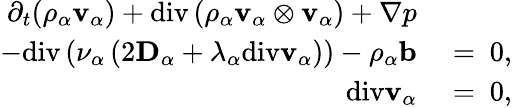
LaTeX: \begin{array}{rl}{\partial_{t}(\rho_{\alpha}\mathbf{v}_{\alpha})+\mathrm{div}\left(\rho_{\alpha}\mathbf{v}_{\alpha}\otimes\mathbf{v}_{\alpha}\right)+\nabla p}&{{}}\\ {-\mathrm{div}\left(\nu_{\alpha}\left(2\mathbf{D}_{\alpha}+\lambda_{\alpha}\mathrm{div}\mathbf{v}_{\alpha}\right)\right)-\rho_{\alpha}\mathbf{b}}&{{}=~0,}\\ {\mathrm{div}\mathbf{v}_{\alpha}}&{{}=~0,}\end{array}